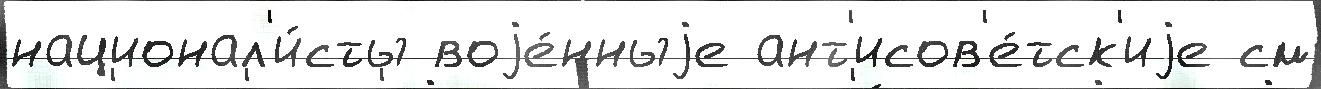
национал'и́сты воjе́нныjе ант'исов'е́тск'иjе см